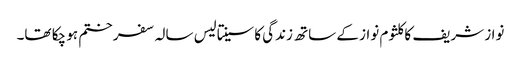
نواز شریف کا کلثوم نواز کے ساتھ زندگی کا سینتالیس سالہ سفر ختم ہو چکا تھا۔